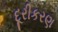
દૂરીકરણ